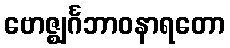
ဗောဇ္ဈင်္ဂဘာဝနာရတော